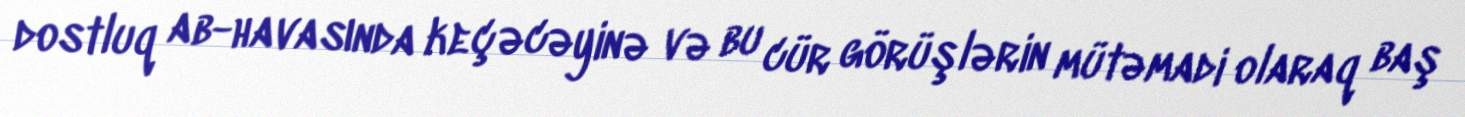
dostluq ab-havasında keçəcəyinə və bu cür görüşlərin mütəmadi olaraq baş